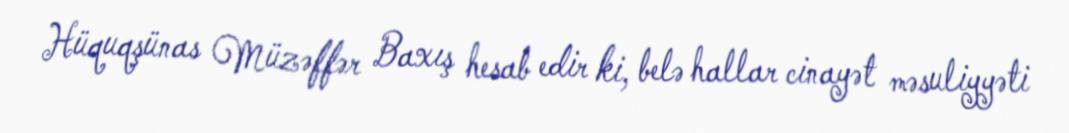
Hüquqşünas Müzəffər Baxış hesab edir ki, belə hallar cinayət məsuliyyəti